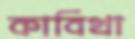
কাবিখা